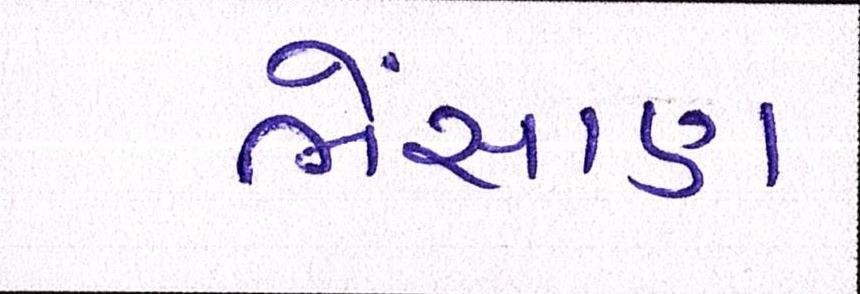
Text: ભેંસાણ